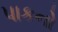
પાકનો